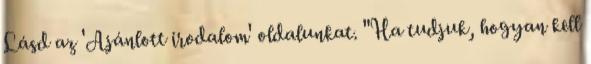
Lásd az 'Ajánlott irodalom' oldalunkat. "Ha tudjuk, hogyan kell